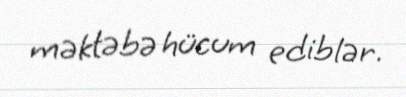
məktəbə hücum ediblər.